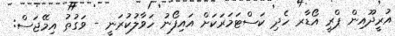
އުރީދޫއިން ޕްރީ އޯޑާރ ހެދި ކަސްޓަމަރަކަށް އައިފޯނު ހަވާލުކުރަނީ - ވަގުތު އިމޭޖަސް: